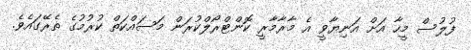
ފުލުސް މީހާ އަށް އަނިޔާވީ އެ މާރާމާރީ ކޮންޓްރޯލްކުރަން މަސައްކަތް ކުރުމުގެ ތެރޭގައެވެ.